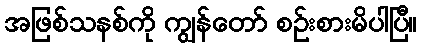
အဖြစ်သနစ်ကို ကျွန်တော် စဉ်းစားမိပါပြီ။